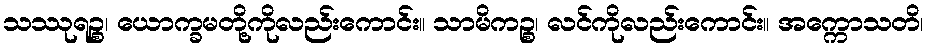
သဿုရဉ္စ၊ ယောက္ခမတို့ကိုလည်းကောင်း။ သာမိကဉ္စ၊ လင်ကိုလည်းကောင်း။ အက္ကောသတိ၊